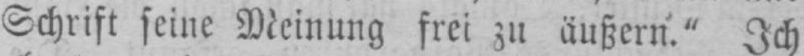
Schrift seine Meinung frei zu äußern.“ Ich